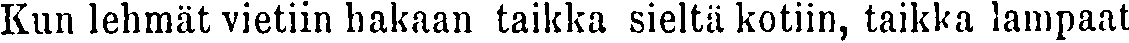
Kun lehmät vietiin hakaan taikka sieltä kotiin, taikka lampaat